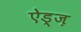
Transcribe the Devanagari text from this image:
ऐड्ज़